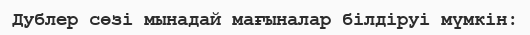
Дублер сөзі мынадай мағыналар білдіруі мүмкін: